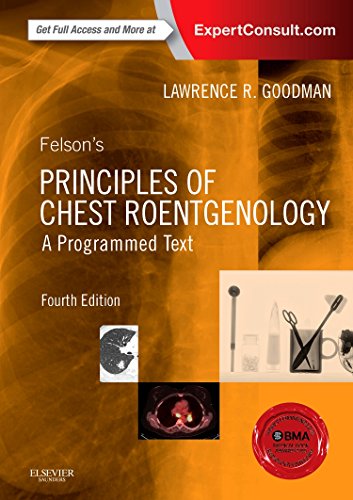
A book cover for Felson's Principles of Chest Roentgenology, A Programmed Text, 4e (Goodman, Felson's Principles of Chest Roentgenology); Lawrence R. Goodman MD  FAAC; Medical Books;